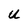
Character: U